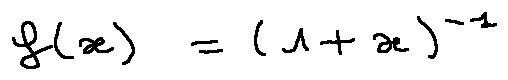
f ( x ) = ( 1 + x ) ^ { - 1 }